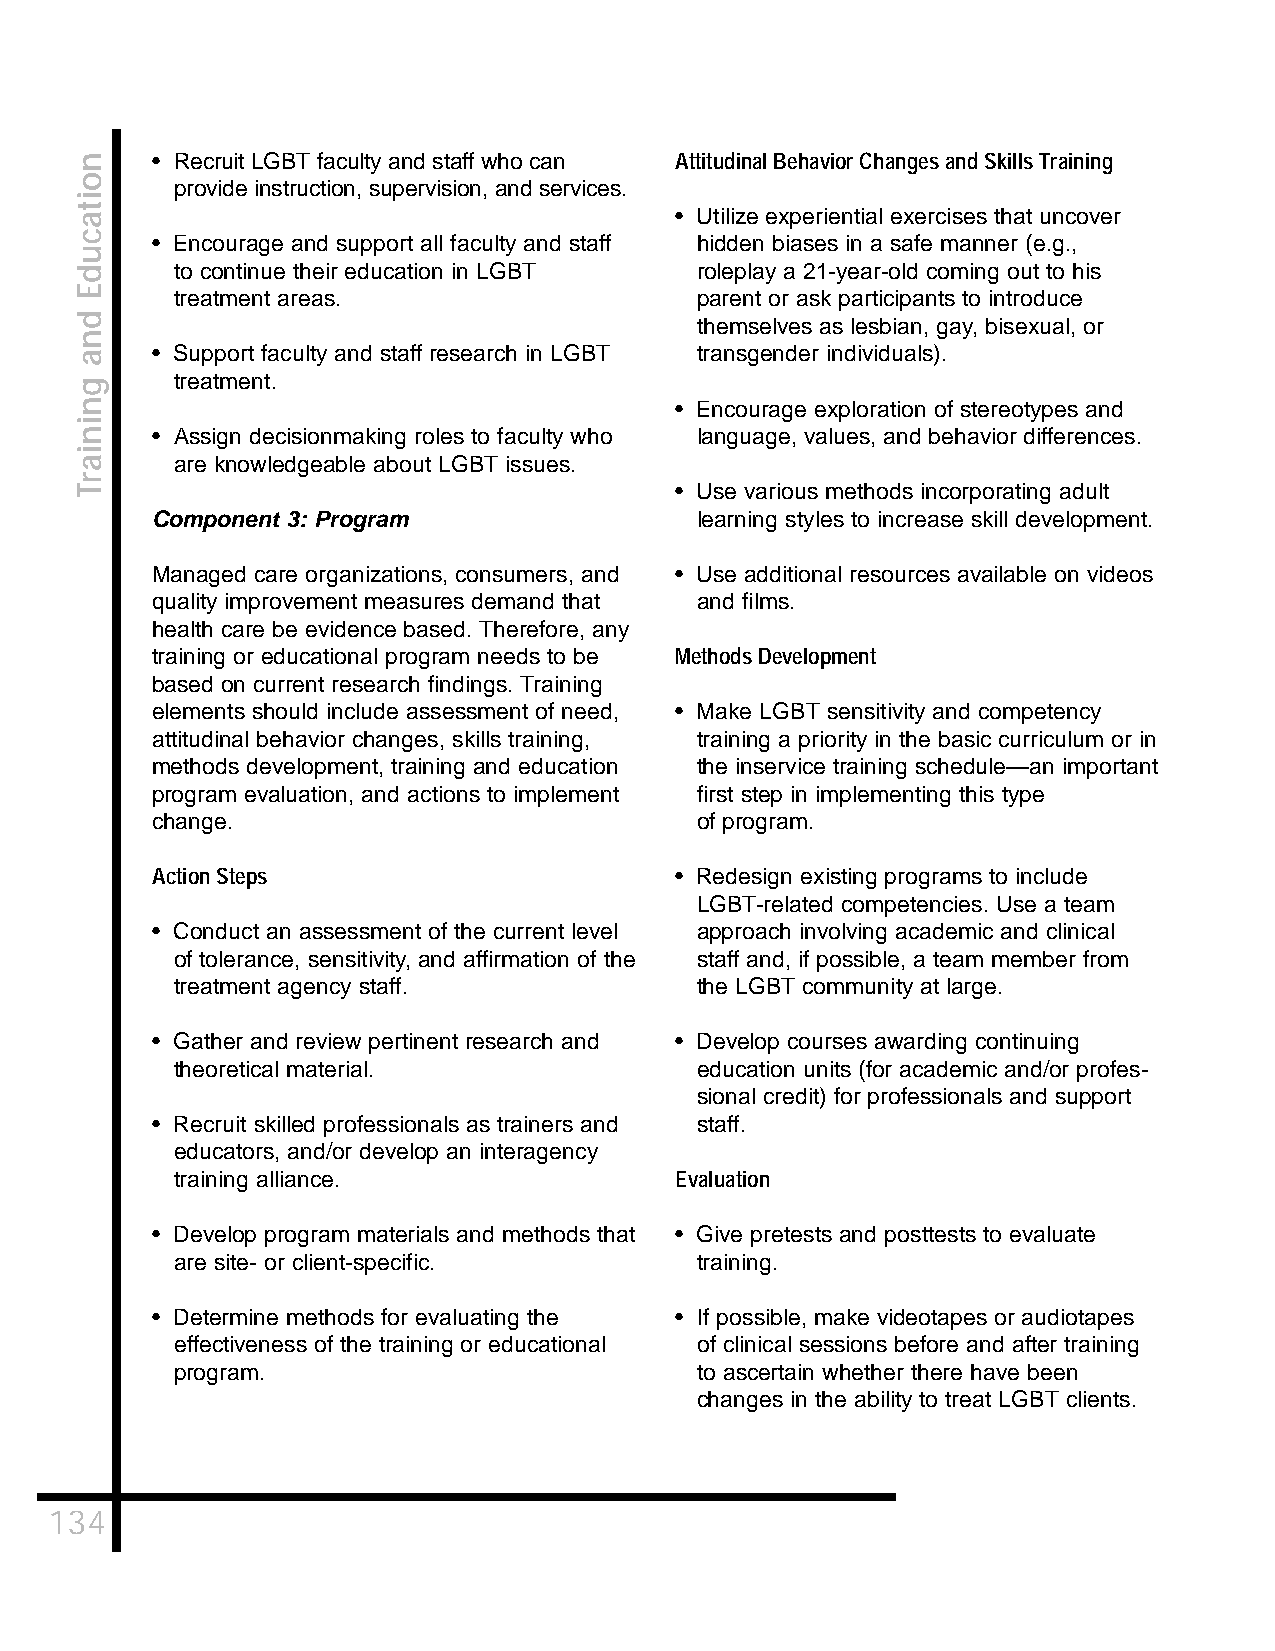
• Recruit LGBT faculty and staff who can Attitudinal Behavior Changes and Skills Training
 provide instruction, supervision, and services.
 • Utilize experiential exercises that uncover
 • Encourage and support all faculty and staff hidden biases in a safe manner (e.g.,
 to continue their education in LGBT roleplay a 21-year-old coming out to his
 treatment areas.                  parent or ask participants to introduce
 themselves as lesbian, gay, bisexual, or
 • Support faculty and staff research in LGBT transgender individuals).
 treatment.
 • Encourage exploration of stereotypes and
 • Assign decisionmaking roles to faculty who language, values, and behavior differences.
 are knowledgeable about LGBT issues.
 • Use various methods incorporating adult
 Component 3: Program                learning styles to increase skill development.
 Managed care organizations, consumers, and • Use additional resources available on videos
 quality improvement measures demand that and films.
 health care be evidence based. Therefore, any
 training or educational program needs to be Methods Development
 based on current research findings. Training
 elements should include assessment of need, • Make LGBT sensitivity and competency
 attitudinal behavior changes, skills training, training a priority in the basic curriculum or in
 methods development, training and education the inservice training schedule—an important
 program evaluation, and actions to implement first step in implementing this type
 change.                             of program.
 Action Steps                       • Redesign existing programs to include
 LGBT-related competencies. Use a team
 • Conduct an assessment of the current level approach involving academic and clinical
 of tolerance, sensitivity, and affirmation of the staff and, if possible, a team member from
 treatment agency staff.           the LGBT community at large.
 • Gather and review pertinent research and • Develop courses awarding continuing
 theoretical material.             education units (for academic and/or profes-
 sional credit) for professionals and support
 • Recruit skilled professionals as trainers and staff.
 educators, and/or develop an interagency
 training alliance.               Evaluation
 • Develop program materials and methods that • Give pretests and posttests to evaluate
 are site- or client-specific.     training.
 • Determine methods for evaluating the • If possible, make videotapes or audiotapes
 effectiveness of the training or educational of clinical sessions before and after training
 program.                          to ascertain whether there have been
 changes in the ability to treat LGBT clients.
 134
 noitacudE
 dna
 gniniarT